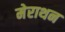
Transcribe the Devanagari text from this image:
मेराथन